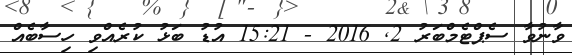
ވާނުވާ ސެޕްޓެމްބަރު 2